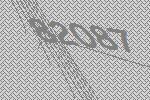
82087